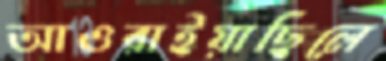
আওরাইয়াছিলে